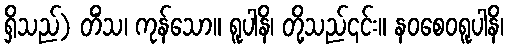
ရှိသည်) တိံသ၊ ကုန်သော။ ရူပါနိ၊ တို့သည်၎င်း။ နဝစေဝရူပါနိ၊